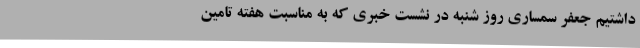
داشتیم جعفر سمساری روز شنبه در نشست خبری که به مناسبت هفته تامین